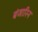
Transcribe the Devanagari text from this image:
बंजारिन